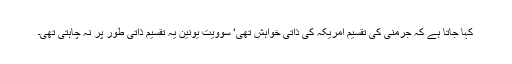
کہا جاتا ہے کہ جرمنی کی تقسیم امریکہ کی ذاتی خواہش تھی‘ سوویت یونین یہ تقسیم ذاتی طور پر نہ چاہتی تھی۔